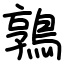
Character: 鶉